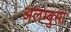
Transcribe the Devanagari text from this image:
अलम्बुसा